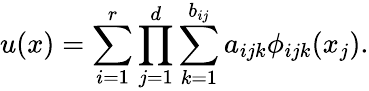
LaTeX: u(x)=\sum_{i=1}^{r}\prod_{j=1}^{d}\sum_{k=1}^{b_{ij}}a_{ijk}\phi_{ijk}(x_{j}).